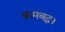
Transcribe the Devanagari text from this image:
क्रमबद्ध।